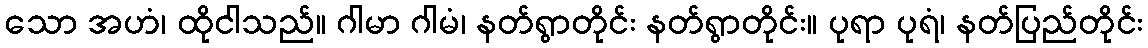
သော အဟံ၊ ထိုငါသည်။ ဂါမာ ဂါမံ၊ နတ်ရွာတိုင်း နတ်ရွာတိုင်း။ ပုရာ ပုရံ၊ နတ်ပြည်တိုင်း